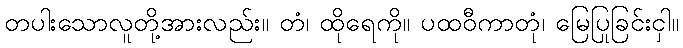
တပါးသောလူတို့အားလည်း။ တံ၊ ထိုရေကို။ ပထဝီကာတုံ၊ မြေပြုခြင်းငှါ။